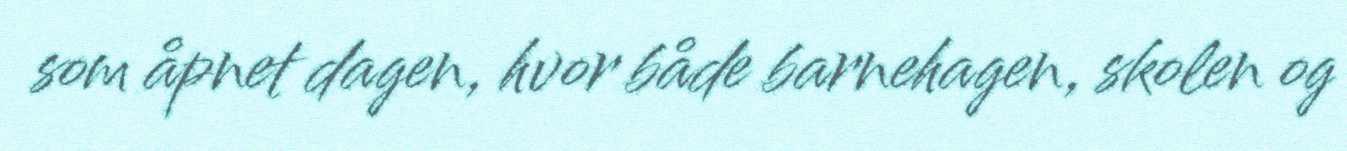
som åpnet dagen, hvor både barnehagen, skolen og